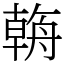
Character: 𦩻